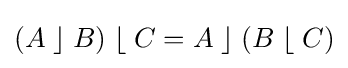
(A\;\rfloor \;B)\;\lfloor \;C=A\;\rfloor \;(B\;\lfloor \;C)